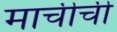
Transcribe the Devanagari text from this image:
माचीची